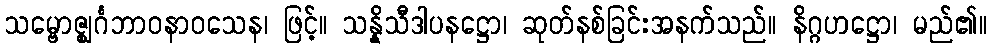
သမ္ဗောဇ္ဈင်္ဂဘာဝနာဝသေန၊ ဖြင့်။ သန္နိသီဒါပနဋ္ဌော၊ ဆုတ်နစ်ခြင်းအနက်သည်။ နိဂ္ဂဟဋ္ဌော၊ မည်၏။